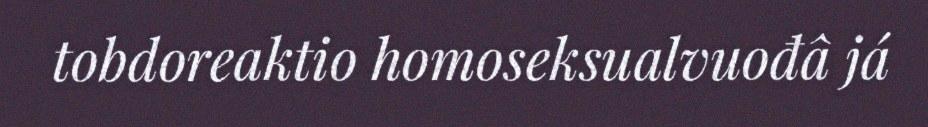
tobdoreaktio homoseksualvuođâ já